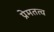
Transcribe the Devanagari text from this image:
प्रेमतत्व